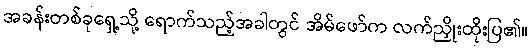
အခန်းတစ်ခုရှေ့သို့ ရောက်သည့်အခါတွင် အိမ်ဖော်က လက်ညှိုးထိုးပြ၏။